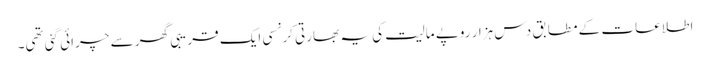
اطلاعات کے مطابق دس ہزار روپے مالیت کی یہ بھارتی کرنسی ایک قریبی گھر سے چرائی گئی تھی۔